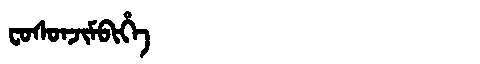
Manchu: ᠸᠣᠰᠣᠨᠵᡳᠮᠪᡳᡥᡝ
Romanization: FOSONJIMBIHE